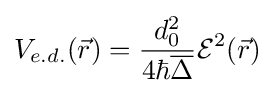
V_{e.d.}({\vec {r}})={\frac {d_{0}^{2}}{4\hbar {\overline {\Delta }}}}{\mathcal {E}}^{2}({\vec {r}})